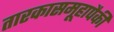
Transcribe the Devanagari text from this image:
तारकासमूहापैकी